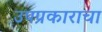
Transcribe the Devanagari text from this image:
उपप्रकाराचा